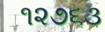
૧૨૭૬૩